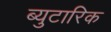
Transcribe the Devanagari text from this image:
ब्युटारिक